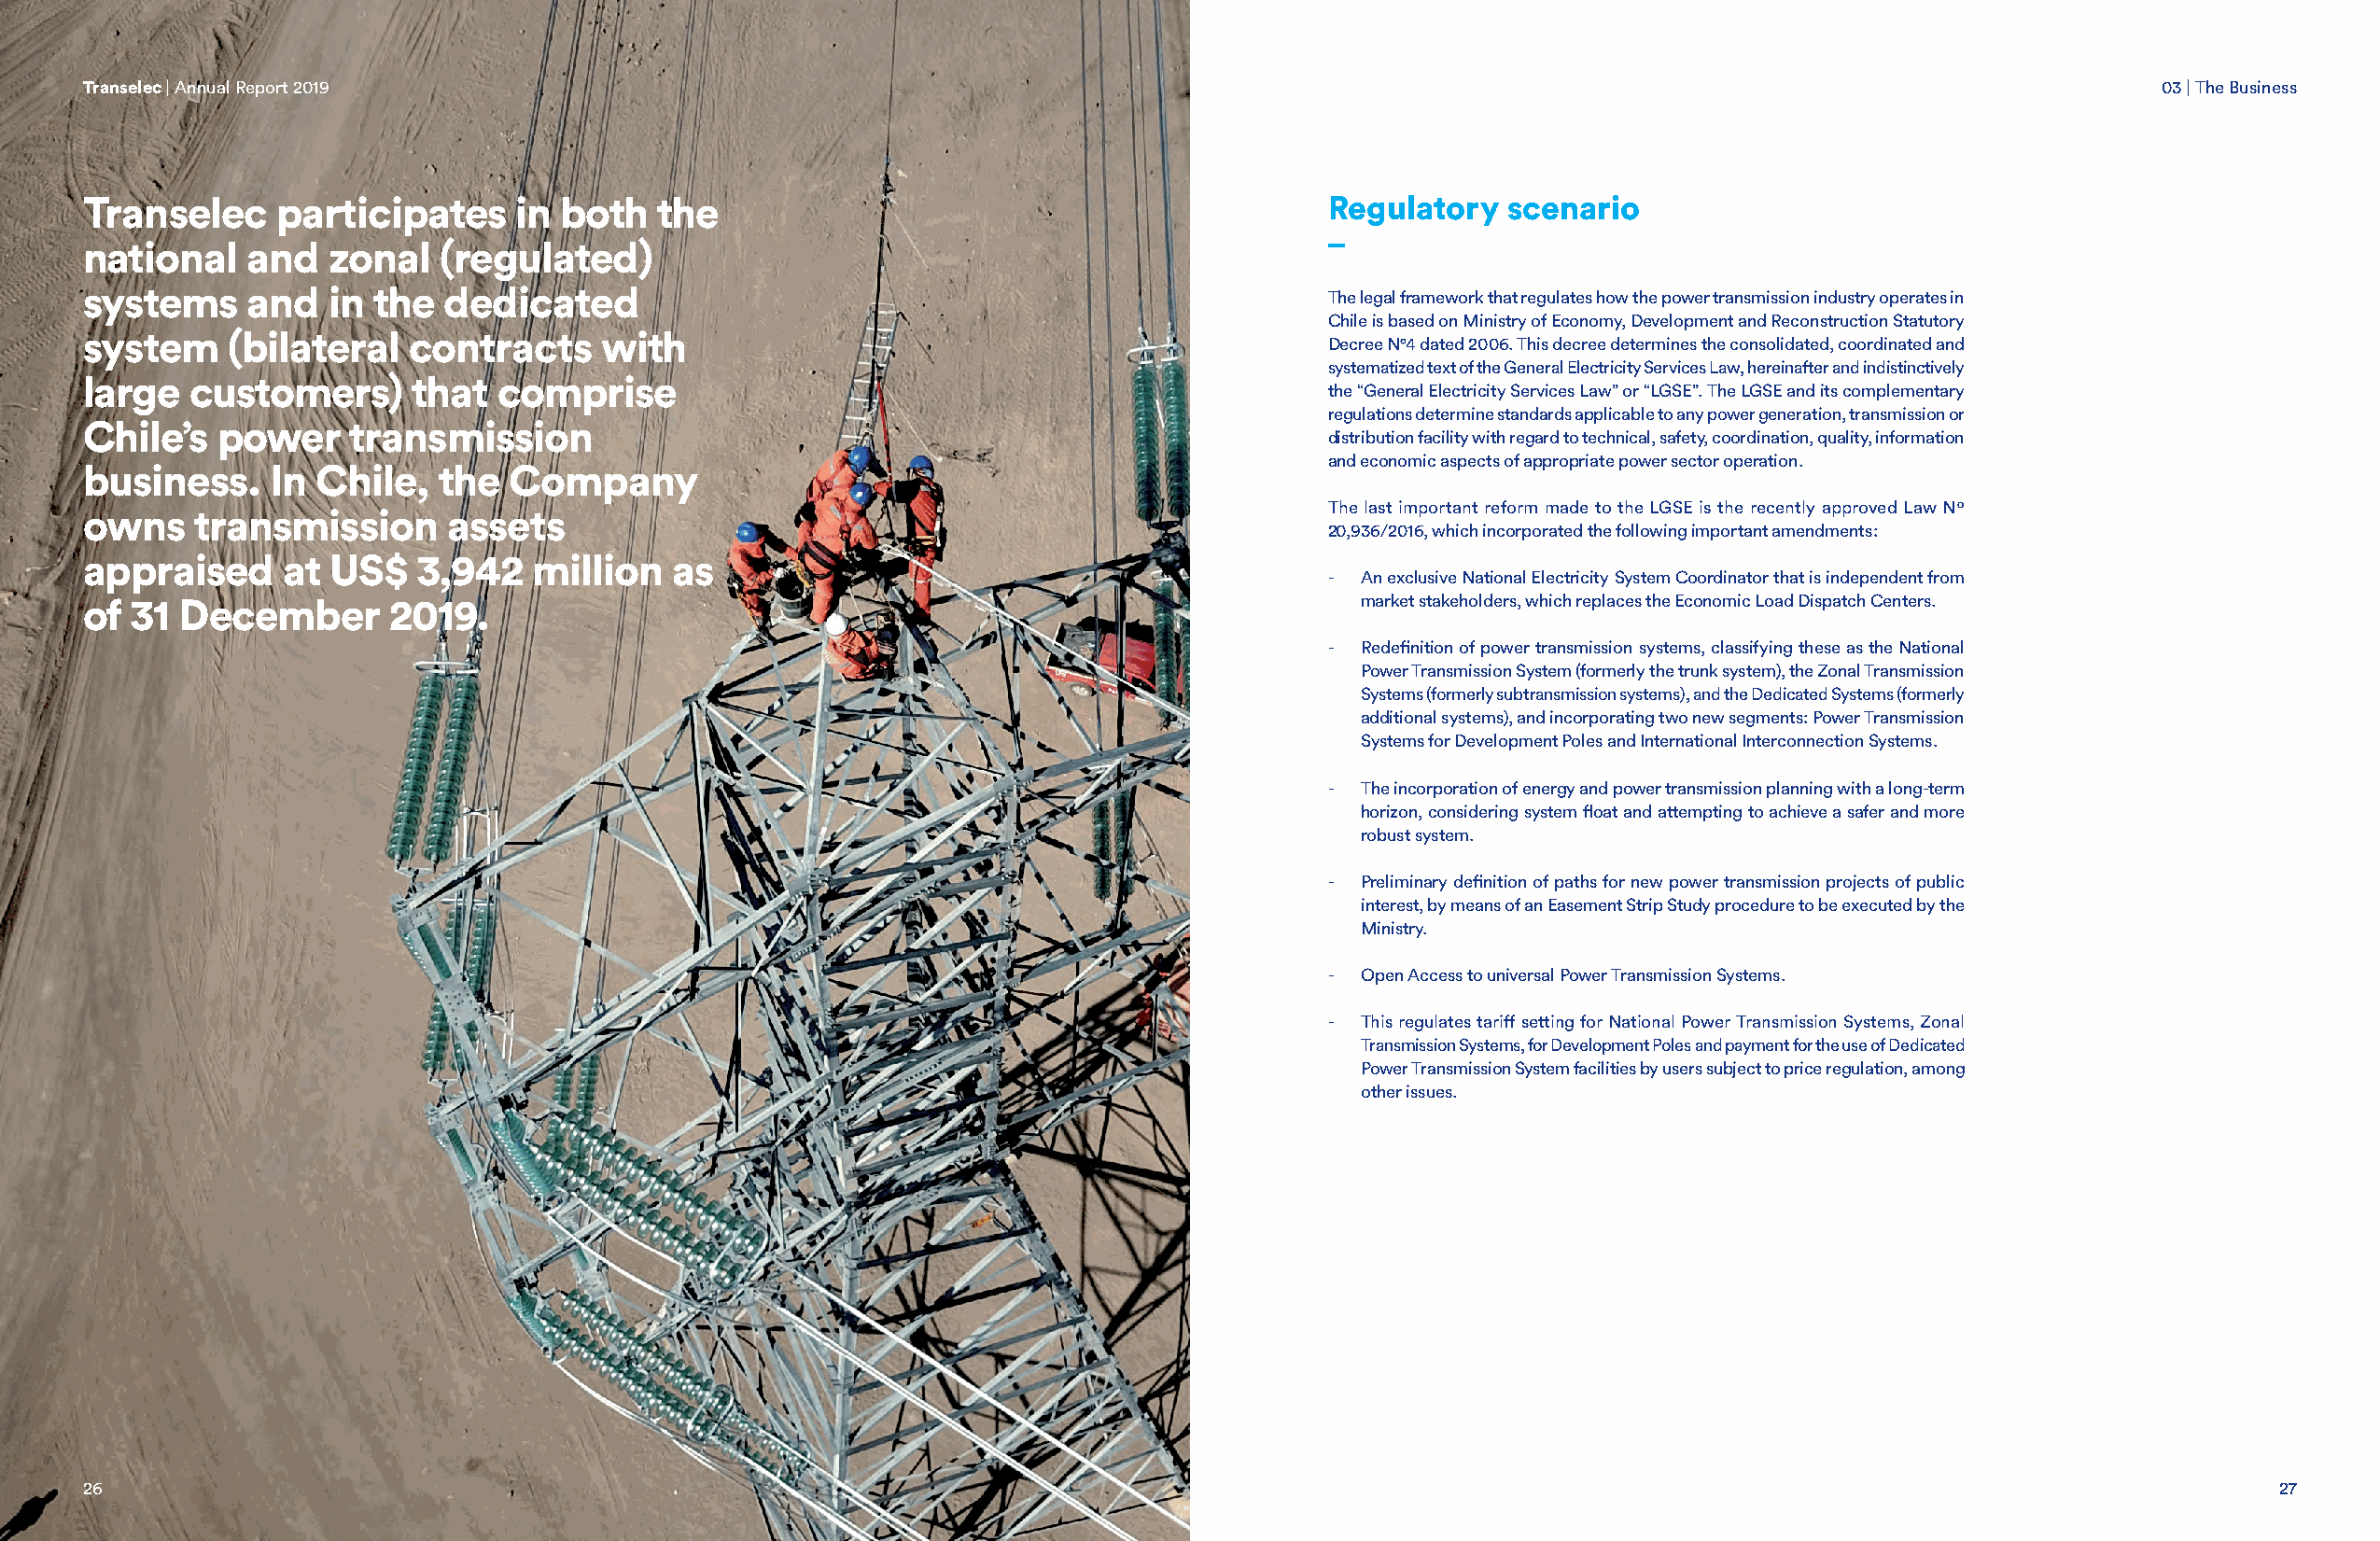
Transelec | Annual Report 2019                                                                                                                     03 | The Business
 Transelec     participates     in both   the                                            Regulatory   scenario
 _
 national    and  zonal   (regulated)
 systems     and  in  the  dedicated                                                     The legal framework that regulates how the power transmission industry operates in
 Chile is based on Ministry of Economy, Development and Reconstruction Statutory
 system    (bilateral   contracts     with
 Decree N°4 dated 2006. This decree determines the consolidated, coordinated and
 systematized text of the General Electricity Services Law, hereinafter and indistinctively
 large  customers)      that  comprise
 the “General Electricity Services Law” or “LGSE”. The LGSE and its complementary
 regulations determine standards applicable to any power generation, transmission or
 Chile’s  power     transmission
 distribution facility with regard to technical, safety, coordination, quality, information
 and economic aspects of appropriate power sector operation.
 business.    In Chile,   the  Company
 The last important reform made to the LGSE is the recently approved Law Nº
 owns    transmission      assets
 20,936/2016, which incorporated the following important amendments:
 appraised     at US$    3,942   million   as
 -  An exclusive National Electricity System Coordinator that is independent from
 of 31  December       2019.                                                                market stakeholders, which replaces the Economic Load Dispatch Centers.
 -  Redefinition of power transmission systems, classifying these as the National
 Power Transmission System (formerly the trunk system), the Zonal Transmission
 Systems (formerly subtransmission systems), and the Dedicated Systems (formerly
 additional systems), and incorporating two new segments: Power Transmission
 Systems for Development Poles and International Interconnection Systems.
 -  The incorporation of energy and power transmission planning with a long-term
 horizon, considering system float and attempting to achieve a safer and more
 robust system.
 -  Preliminary definition of paths for new power transmission projects of public
 interest, by means of an Easement Strip Study procedure to be executed by the
 Ministry.
 -  Open Access to universal Power Transmission Systems.
 -  This regulates tariff setting for National Power Transmission Systems, Zonal
 Transmission Systems, for Development Poles and payment for the use of Dedicated
 Power Transmission System facilities by users subject to price regulation, among
 other issues.
 26                                                                                                                                                          27